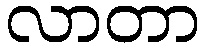
လာတာ